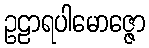
ဥဠာရပါမောဇ္ဇော